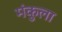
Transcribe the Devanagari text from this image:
मंकुला